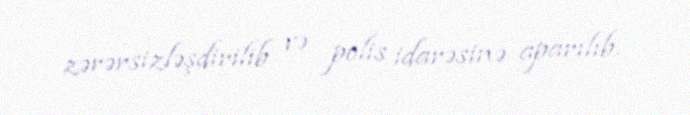
zərərsizləşdirilib və polis idarəsinə aparılıb.